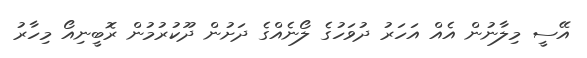
އޭސީ މިލާނުން އެއް އަހަރު ދުވަހުގެ ލޯނެއްގެ ދަށުން ދޫކުރުމުން ރޮބީނިއޯ މިހާރު